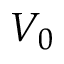
V _ { 0 }